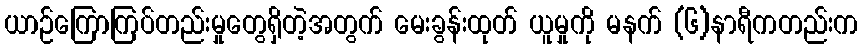
ယာဉ်ကြောကြပ်တည်းမှုတွေရှိတဲ့အတွက် မေးခွန်းထုတ် ယူမှုကို မနက် (၆)နာရီကတည်းက